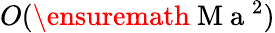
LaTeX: O(\ensuremath{\mathrm{~M~a~}}^{2})